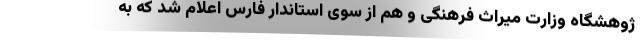
ژوهشگاه وزارت میراث فرهنگی و هم از سوی استاندار فارس اعلام شد که به